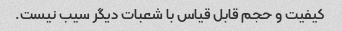
کیفیت و حجم قابل قیاس با شعبات دیگر سیب نیست.